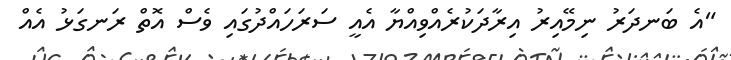
"އެ ބަނދަރު ނިމޭއިރު އިރާދަކުރެއްވިއްޔާ އެއީ ސަރަހައްދުގައި ވެސް އޮތް ރަނގަޅު އެއް